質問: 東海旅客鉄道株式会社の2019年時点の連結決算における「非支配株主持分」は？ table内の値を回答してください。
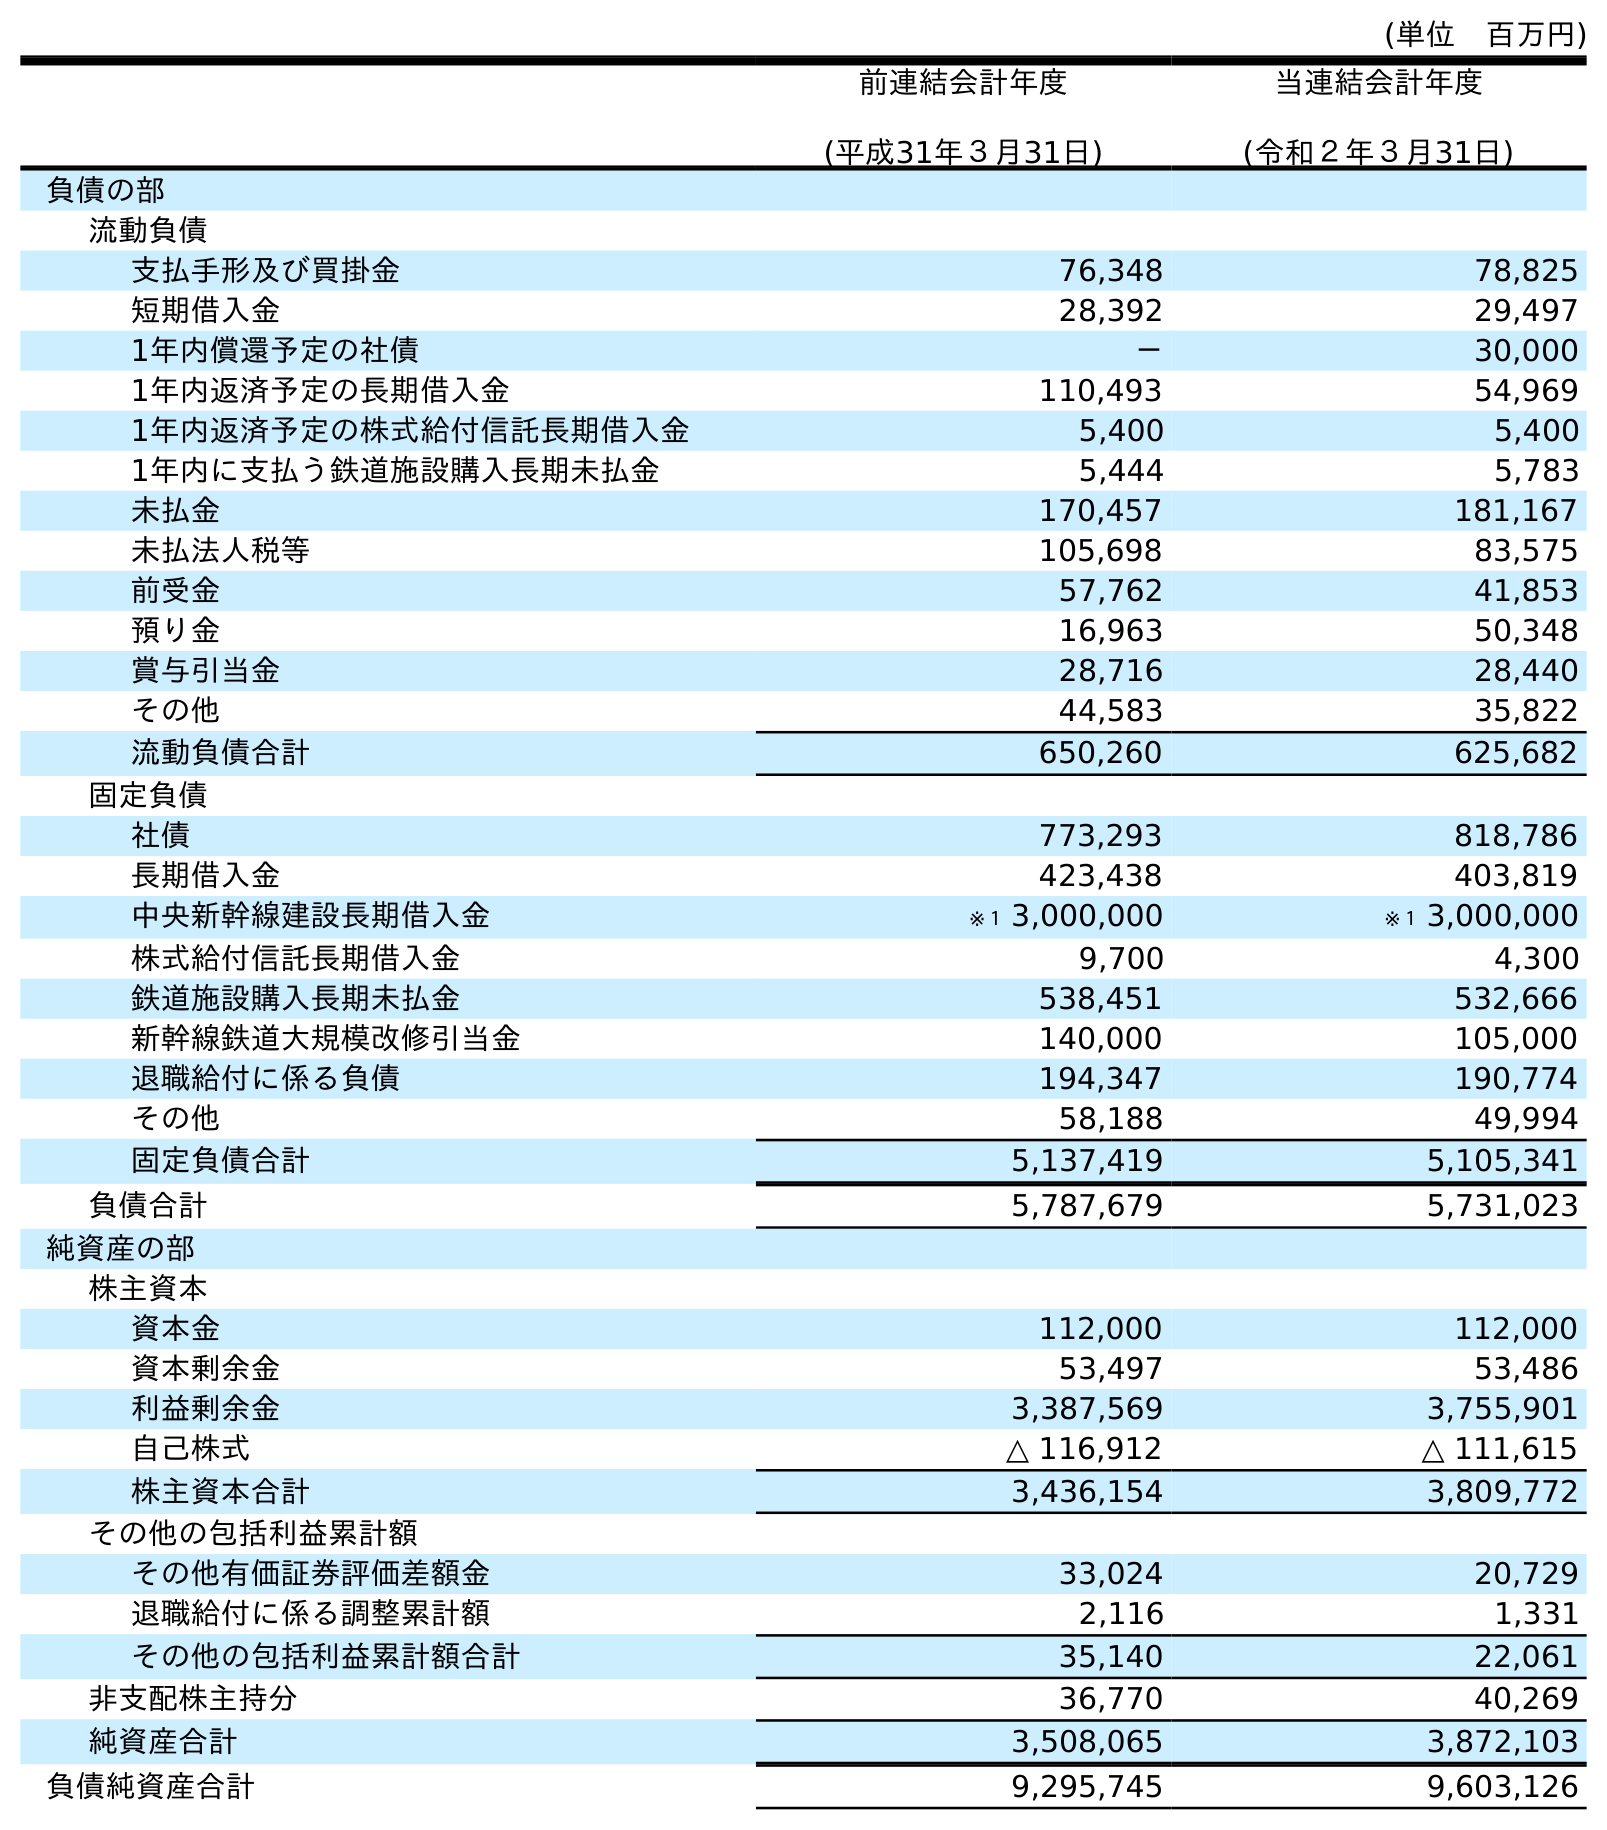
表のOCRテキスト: (単位 百万円) 前連結会計年度 (平成31年３月31日) 当連結会計年度 (令和２年３月31日) 負債の部 流動負債 支払手形及び買掛金 76,348 78,825 短期借入金 28,392 29,497 1年内償還予定の社債 － 30,000 1年内返済予定の長期借入金 110,493 54,969 1年内返済予定の株式給付信託長期借入金 5,400 5,400 1年内に支払う鉄道施設購入長期未払金 5,444 5,783 未払金 170,457 181,167 未払法人税等 105,698 83,575 前受金 57,762 41,853 預り金 16,963 50,348 賞与引当金 28,716 28,440 その他 44,583 35,822 流動負債合計 650,260 625,682 固定負債 社債 773,293 818,786 長期借入金 423,438 403,819 中央新幹線建設長期借入金 ※１ 3,000,000 ※１ 3,000,000 株式給付信託長期借入金 9,700 4,300 鉄道施設購入長期未払金 538,451 532,666 新幹線鉄道大規模改修引当金 140,000 105,000 退職給付に係る負債 194,347 190,774 その他 58,188 49,994 固定負債合計 5,137,419 5,105,341 負債合計 5,787,679 5,731,023 純資産の部 株主資本 資本金 112,000 112,000 資本剰余金 53,497 53,486 利益剰余金 3,387,569 3,755,901 自己株式 △ 116,912 △ 111,615 株主資本合計 3,436,154 3,809,772 その他の包括利益累計額 その他有価証券評価差額金 33,024 20,729 退職給付に係る調整累計額 2,116 1,331 その他の包括利益累計額合計 35,140 22,061 非支配株主持分 36,770 40,269 純資産合計 3,508,065 3,872,103 負債純資産合計 9,295,745 9,603,126
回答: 36,770